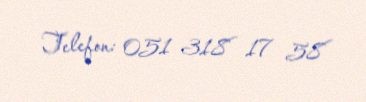
Telefon: 051 318 17 58